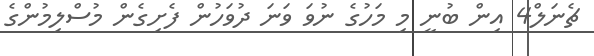
ޗެނަލް4 އިން ބުނީ މި މަހުގެ ނުވަ ވަނަ ދުވަހުން ފެށިގެން މުސްލިމުންގެ